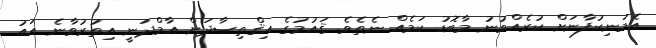
އެމަނިކުފާނަށް ކުރެއްވުނު މާބޮޑު ކަމެއް ނެތެވެ. ޤައުމުގެ އިޤްތިޞާދަށް އާމްދަނީ އިތުރުވާނެ އައު